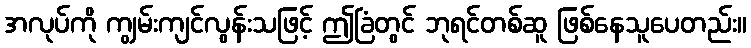
အလုပ်ကို ကျွမ်းကျင်လွန်းသဖြင့် ဤခြံတွင် ဘုရင်တစ်ဆူ ဖြစ်နေသူပေတည်း။